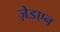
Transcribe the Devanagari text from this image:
ज़ेडएन